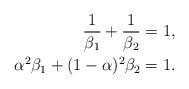
LaTeX: \begin{align*}\frac{1}{\beta_1} + \frac{1}{\beta_2} &= 1, \\\alpha^2 \beta_1 + (1-\alpha)^2 \beta_2 &= 1.\end{align*}